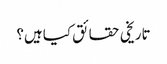
تاریخی حقائق کیا ہیں؟